[Report on the health of British troops in the Madras command]
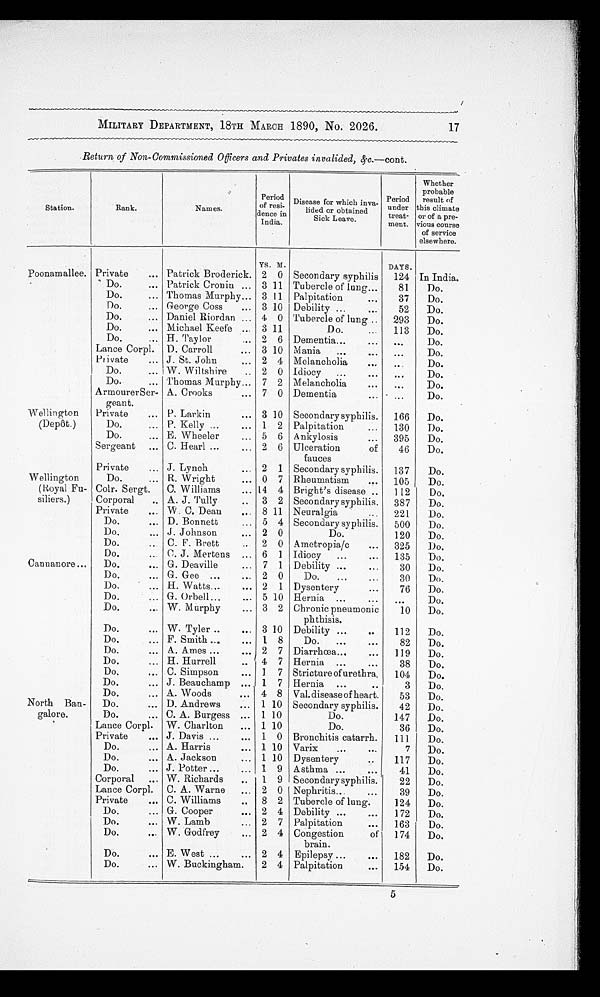
17
MILITARY DEPARTMENT, 18TH MARCH 1890, No. 2026.
Return of Non-Commissioned Officers and Privates invalided, &c.—cont.
Station.
Rank.
Names.
Period
of resi-
dence in
India.
Disease for which inva-
lided or obtained
Sick Leave.
Peri od under t reat -
ment.
Whether
probable
result of
t h i s c l i m a t e
o r o f a p r e - v i o u s
course
of service
elsewhere.
YS. M.
DAYS.
Poonamallee. Private
Patrick Broderick. 2 0 Secondary syphilis
124 In India.
Do.
Patrick Cronin
3 11 Tubercle of lung
81
Do.
Do.
Thomas Murphy
3 11 Palpitation
37
Do.
Do.
George Coss
3 10 Debility
52
Do.
Do.
Daniel Riordan
4 0 Tubercle of lung
293
Do.
Do.
Michael Keefe
3 11
Do.
113
Do.
Do.
H. Taylor
2 6 Dementia
. . .
Do.
Lance Corpl. D. Carroll
3 10 Mania
...
Do.
Private
J. St. John
2 4 Melancholia
. . .
Do.
Do.
W. Wiltshire
2 0 Idiocy
. . .
Do.
Do.
Thomas Murphy
7 2 Melancholia
. . .
Do.
ArmourerSer-
geant.
A. Crooks
7 0 Dementia
. . .
Do.
Wellington
(Depôt.)
Private
P. Larkin
3 10 Secondary syphilis.
166
Do.
Do.
P. Kelly
1 2 Palpitation
130
Do.
Do.
E. Wheeler
5 6 Ankylosis
395
Do.
Sergeant
C. Hearl
2 6 Ulceration
of
fauces
46
Do.
Private
J. Lynch
2 1 Secondary syphilis.
137
Do.
Wellington
(Royal Fu-
siliers.)
Do.
R. Wright
0 7 Rheumatism
105
Do.
Colr. Sergt.
C. Williams
14 4 Bright's disease
112
Do.
Corporal
A. J. Tully
3 2 Secondary syphilis.
387
Do.
Private
W. C. Dean
8 11 Neuralgia
221
Do.
Do.
D. Bonnett
5 4 Secondary syphilis.
500
Do.
Do.
J. Johnson
2 0
Do.
120
Do.
Do.
C. F. Brett
2 0 Ametropia/c
325
Do.
Do.
C. J. Mertens
6 1 Idiocy
135
Do.
Cannanore
Do.
G. Deaville
7 1 Debility
30
Do.
Do.
G. Gee
2 0
Do.
30
Do.
Do.
H. Watts
2 1 Dysentery
76
Do.
Do.
G. Orbell
5 10 Hernia
...
Do.
Do.
W. Murphy
3 2 Chronic pneumonic
phthisis.
10
Do.
Do.
W. Tyler
3 10 Debility
112
Do.
Do.
F. Smith
1 8
Do.
82
Do.
Do.
A. Ames
2 7 Diarrhœa
119
Do.
Do.
H. Hurrell
4 7 Hernia
38
Do.
Do.
C. Simpson
1 7 Stricture of urethra.
104
Do.
Do.
J. Beauchamp
1 7 Hernia
3
Do.
Do.
A. Woods
4 8 Val. disease of heart.
53
Do.
North Ban-
galore .
Do.
D. Andrews
1 10 Secondary syphilis.
42
Do.
Do.
C. A. Burgess
1 10
Do.
147
Do.
Lance Corpl. W. Charlton
1 10
Do.
36
Do.
Private
J. Davis
1 0 Bronchitis catarrh.
111
Do.
Do.
A. Harris
1 10 Varix
7
Do.
Do.
A. Jackson
1 10 Dysentery
117
Do.
Do.
J. Potter
1 9 Asthma
41
Do.
Corporal
W. Richards
1 9 Secondary syphilis.
22
Do.
Lance Corpl. C. A. Warne
2 0 Nephritis
39
Do.
Private
C. Williams
8 2 Tubercle of lung.
124
Do.
Do.
G. Cooper
2 4 Debility
172
Do.
Do.
W. Lamb
2 7 Palpitation
163
Do.
Do.
W. Godfrey
2 4 Congestion
of
brain.
174
Do.
Do.
E. West
2 4 Epilepsy
182
Do.
Do.
W. Buckingham.
2 4 Palpitation
154
Do.